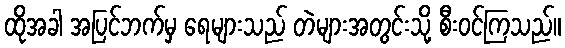
ထိုအခါ အပြင်ဘက်မှ ရေများသည် တဲများအတွင်းသို့ စီးဝင်ကြသည်။